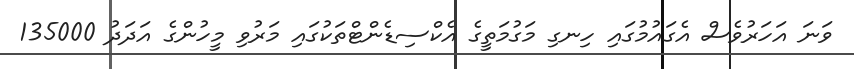
ވަނަ އަހަރުވެސް އެގައުމުގައި ހިނގި މަގުމަތީގެ އެކްސިޑެންޓްތަކުގައި މަރުވި މީހުންގެ އަދަދު 135000